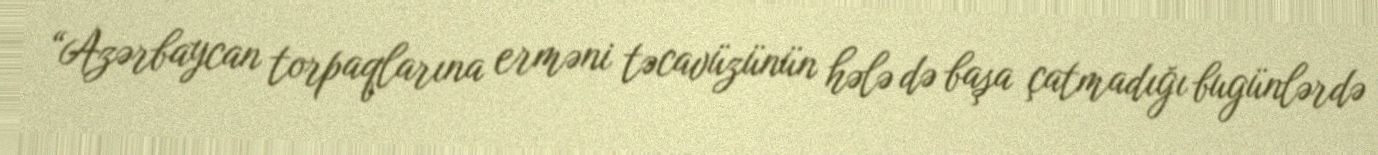
“Azərbaycan torpaqlarına erməni təcavüzünün hələ də başa çatmadığı bugünlərdə